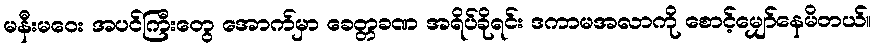
မနီးမဝေး အပင်ကြီးတွေ အောက်မှာ ခေတ္တခဏ အရိပ်ခိုရင်း ဒကာမအလာကို စောင့်မျှော်နေမိတယ်။